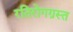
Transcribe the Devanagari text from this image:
रतिरोगग्रस्त